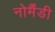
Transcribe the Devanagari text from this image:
नोर्मैंडी